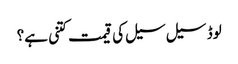
لوڈ سیل سیل کی قیمت کتنی ہے؟